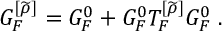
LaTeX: G _ { F } ^ { [ \widetilde { \rho } ] } = G _ { F } ^ { 0 } + G _ { F } ^ { 0 } { \cal T } _ { F } ^ { [ \widetilde { \rho } ] } G _ { F } ^ { 0 } \; .